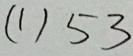
( 1 ) 5 3